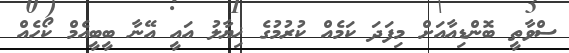
ސްވާތީ ބޮންޑިއާއަށް މިފަދަ ކަމެއް ކުރުމުގެ ޚިޔާލު އައީ އޭނާ ބީބީއެމް ކޯހެއް